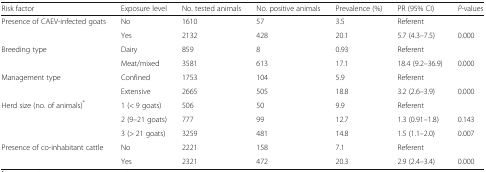
| Risk factor | Exposure level | No. tested animals | No. positive animals | Prevalence (%) | PR (95% CI) | P-values |
 | --- | --- | --- | --- | --- | --- | --- |
 | <ROWSPAN=2> Presence of CAEV-infected goats | No | 1610 | 57 | 3.5 | Referent |  |
 | Yes | 2132 | 428 | 20.1 | 5.7 (4.3–7.5) | 0.000 |
 | <ROWSPAN=2> Breeding type | Dairy | 859 | 8 | 0.93 | Referent |  |
 | Meat/mixed | 3581 | 613 | 17.1 | 18.4 (9.2–36.9) | 0.000 |
 | <ROWSPAN=2> Management type | Confined | 1753 | 104 | 5.9 | Referent |  |
 | Extensive | 2665 | 505 | 18.8 | 3.2 (2.6–3.9) | 0.000 |
 | <ROWSPAN=3> Herd size (no. of animals)* | 1 (< 9 goats) | 506 | 50 | 9.9 | Referent |  |
 | 2 (9–21 goats) | 777 | 99 | 12.7 | 1.3 (0.91–1.8) | 0.143 |
 | 3 (> 21 goats) | 3259 | 481 | 14.8 | 1.5 (1.1–2.0) | 0.007 |
 | <ROWSPAN=2> Presence of co-inhabitant cattle | No | 2221 | 158 | 7.1 | Referent |  |
 | Yes | 2321 | 472 | 20.3 | 2.9 (2.4–3.4) | 0.000 |